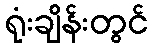
ရုံးချိန်းတွင်